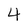
Character: 4